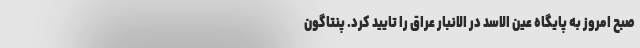
صبح امروز به پایگاه عین الاسد در الانبار عراق را تایید کرد. پنتاگون